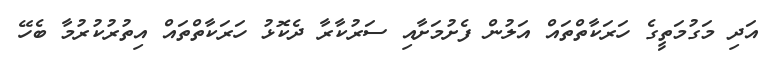
އަދި މަގުމަތީގެ ހަރަކާތްތައް އަލުން ފެށުމަށާއި ސަރުކާރާ ދެކޮޅު ހަރަކާތްތައް އިތުރުކުރުމާ ބެހޭ